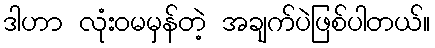
ဒါဟာ လုံးဝမမှန်တဲ့ အချက်ပဲဖြစ်ပါတယ်။